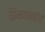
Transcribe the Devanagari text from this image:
शिक्षणासाठीची